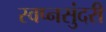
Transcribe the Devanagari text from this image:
स्वप्नसुंदरी